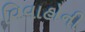
વિવાહોની